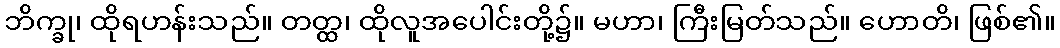
ဘိက္ခု၊ ထိုရဟန်းသည်။ တတ္ထ၊ ထိုလူအပေါင်းတို့၌။ မဟာ၊ ကြီးမြတ်သည်။ ဟောတိ၊ ဖြစ်၏။